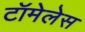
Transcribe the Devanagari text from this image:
टॉमेलेस